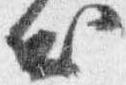
出